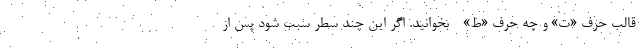
قالب حرف «ت» و چه حرف «ط» - بخوانید. اگر این چند سطر سبب شود پس از